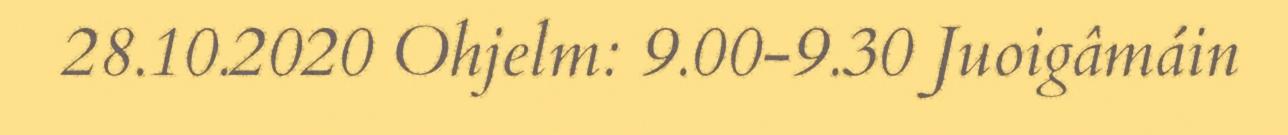
28.10.2020 Ohjelm: 9.00-9.30 Juoigâmáin